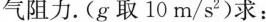
气阻力。(g取10m/s^{2} 求：